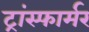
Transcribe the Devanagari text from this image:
ट्रांस्फार्मर